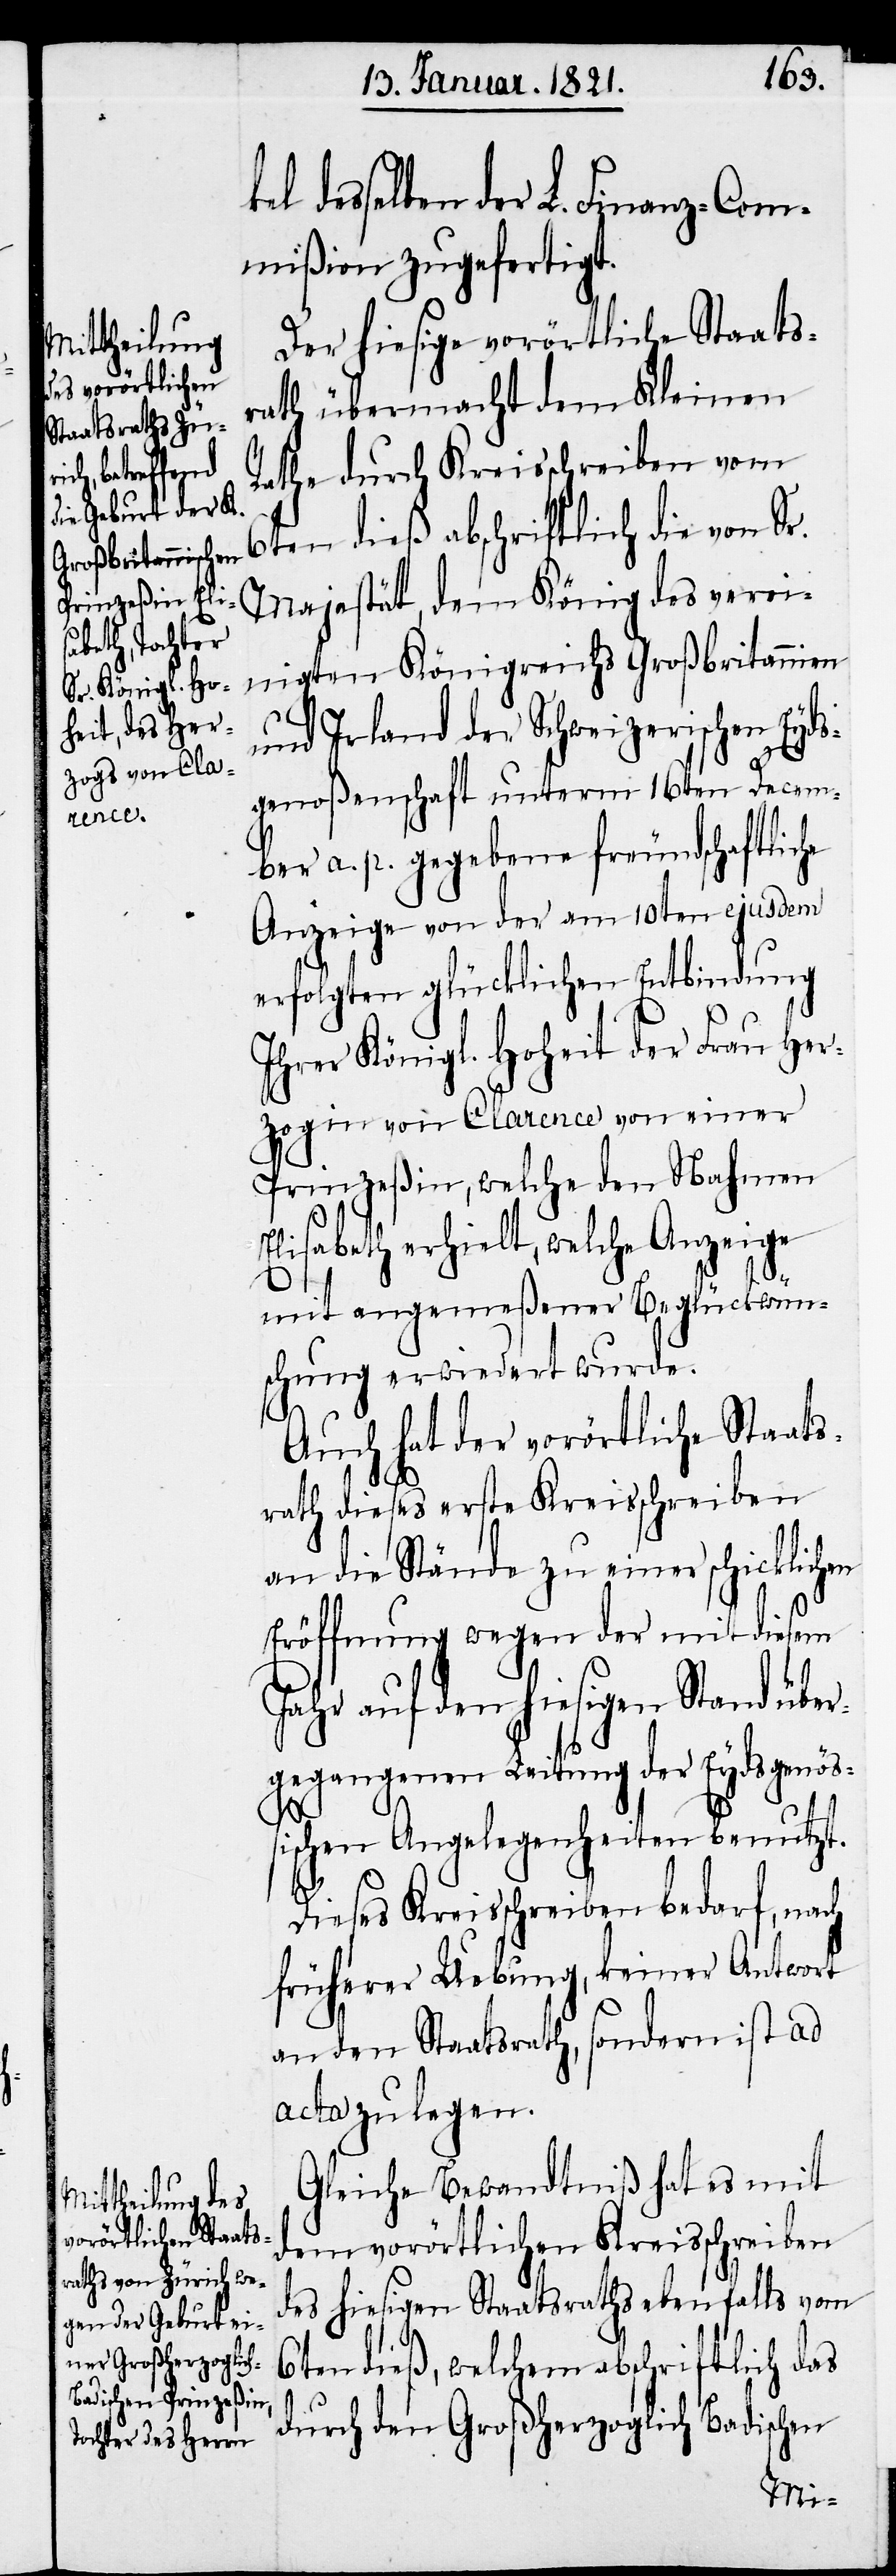
kel desselben der L. Finanz-Com¬
mißion zugefertigt.
Der hiesige vorörtliche Staats¬
rath übermacht dem Kleinen
Rathe durch Kreisschreiben vom
6ten dieß abschriftlich die vo¬
n Sr. Majestät, dem König des verei¬
nigten Königreichs Großbritannien
und Irland der Schweizerischen Eyds¬
genoßenschaft unterm 16. Decem¬
ber a. p. gegebene freundschaftliche
Anzeige von der am 10ten ejusdem
erfolgten glücklichen Entbindung
Ihrer Königl. Hoheit der Frau Her¬
zogin von Clarence von einer
Prinzeßin, welche den Nahmen
Elisabeth erhielt, welche Anzeige
mit angemeßener Beglückwün¬
schung erwiedert wurde.
Auch hat der vorörtliche Staats¬
rath dieses erste Kreisschreiben
an die Stände zu einer schicklichen
Eröffnung wegen der mit diesem
Jahr auf den hiesigen Stand über¬
gegangenen Leitung der Eydsgenöß¬
ischen Angelegenheiten benutzt.
Dieses Kreisschreiben bedarf, nach
früherer Uebung, keiner Antwort
an den Staatsrath, sondern ist ad
acta zu legen.
Gleiche Bewandtniß hat es mit
dem vorörtlichen Kreisschreiben
des hiesigen Staatsraths ebenfalls vom
6ten dieß, welchem abschriftlich das
durch den Großherzoglich Badischen